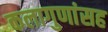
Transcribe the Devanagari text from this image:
कलागुणांसह